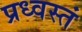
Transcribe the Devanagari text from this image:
प्रध्वस्तं